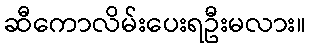
ဆီကောလိမ်းပေးရဦးမလား။